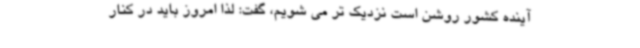
آینده کشور روشن است نزدیک تر می شویم، گفت: لذا امروز باید در کنار